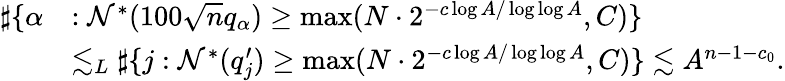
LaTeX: \begin{array}{rl}{\sharp\{ \alpha}&{:\mathcal{N}^{*}(100\sqrt{n}q_{\alpha})\geq\operatorname*{max}(N\cdot 2^{-c\log A/\log\log A},C)\} }\\ &{\lesssim_{L}\sharp\{ j:\mathcal{N}^{*}(q_{j}^{\prime})\geq\operatorname*{max}(N\cdot 2^{-c\log A/\log\log A},C)\} \lesssim A^{n-1-c_{0}}.}\end{array}